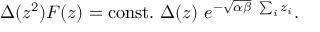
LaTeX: \Delta ( z ^ { 2 } ) { \cal F } ( z ) = \mathrm { c o n s t . } ~ \Delta ( z ) ~ e ^ { - \sqrt { \alpha \beta } ~ \sum _ { i } z _ { i } } .